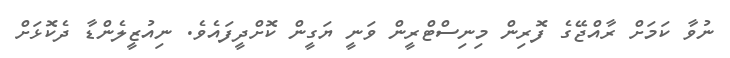
ނުވާ ކަމަށް ރާއްޖޭގެ ފޮރިން މިނިސްޓްރީން ވަނީ ޔަގީން ކޮށްދީފައެވެ. ނިއުޒީލެންޑާ ދެކޮޅަށް